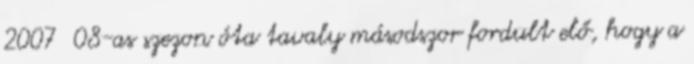
2007 08-as szezon óta tavaly másodszor fordult elő, hogy a